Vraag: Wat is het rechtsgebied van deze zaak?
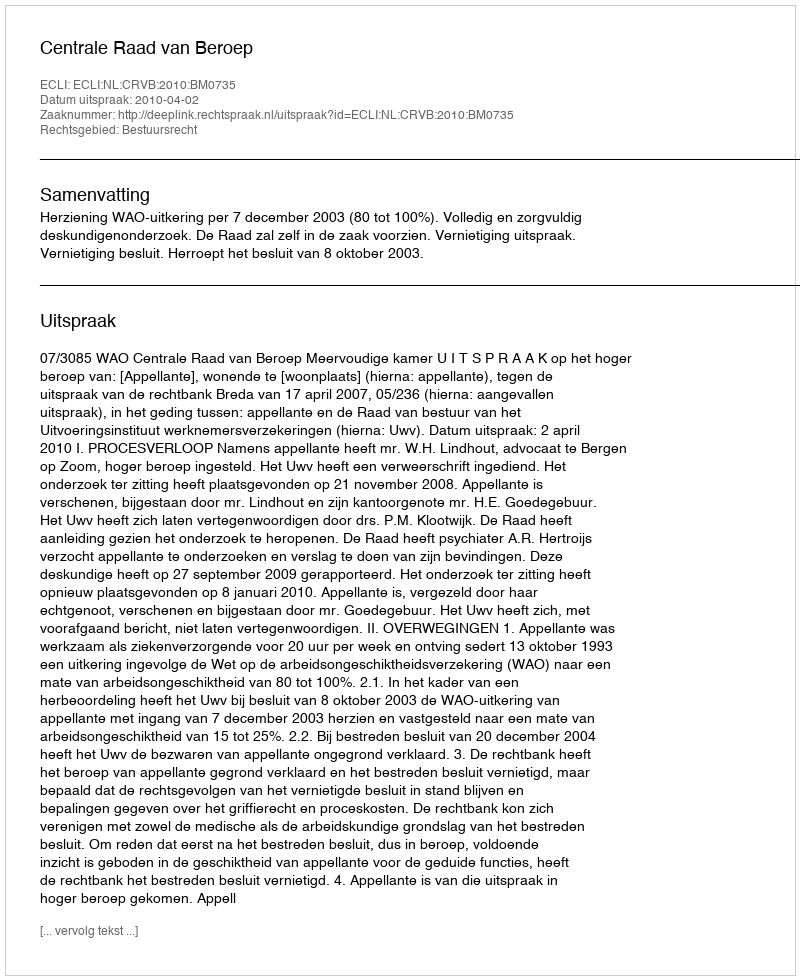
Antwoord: Bestuursrecht